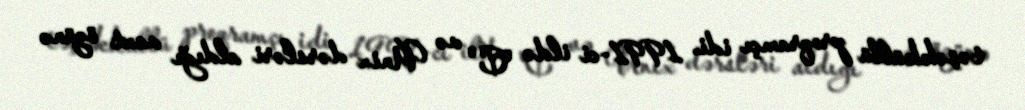
təşəkküllü proqramçı idi. 1991-ci ildə "C" və Unix dərsləri aldığı vaxt özünə